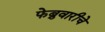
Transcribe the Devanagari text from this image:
फेब्रुवारीचे